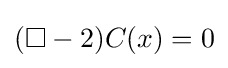
(\square -2)C(x)=0